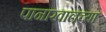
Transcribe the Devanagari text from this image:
पानाखालच्या